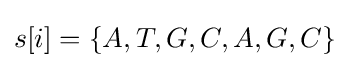
s[i]=\{A,T,G,C,A,G,C\}